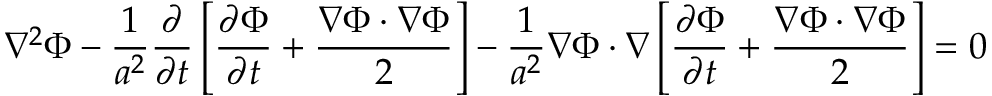
\nabla ^ { 2 } \Phi - { \frac { 1 } { a ^ { 2 } } } { \frac { \partial } { \partial t } } \left[ { \frac { \partial \Phi } { \partial t } } + { \frac { \nabla \Phi \cdot \nabla \Phi } { 2 } } \right] - { \frac { 1 } { a ^ { 2 } } } \nabla \Phi \cdot \nabla \left[ { \frac { \partial \Phi } { \partial t } } + { \frac { \nabla \Phi \cdot \nabla \Phi } { 2 } } \right] = 0